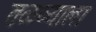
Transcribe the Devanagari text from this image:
तळव्याला